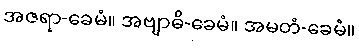
အဇရာ-ခေမံ။ အဗျာဓိ-ခေမံ။ အမတံ-ခေမံ။